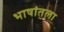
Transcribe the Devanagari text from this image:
भाषांतला